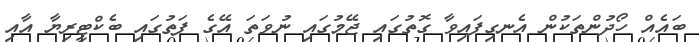
ބައެއް ހޯދުންތަކުން އެނގިފައިވާ ގޮތުގައި ޖޭމުގައި ނުވަތަ އޭގެ ފަތުގައި ބެކްޓީރިޔާ އާއި